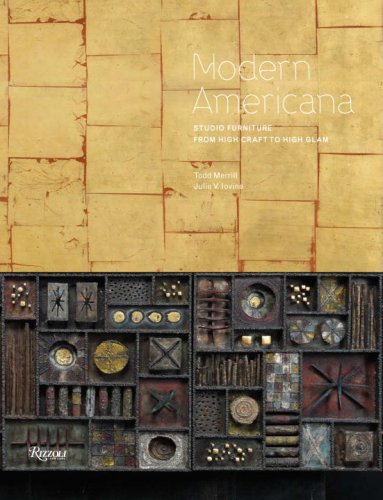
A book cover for Modern Americana: Studio Furniture From High Craft to High Glam; Julie Iovine; Arts & Photography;